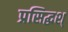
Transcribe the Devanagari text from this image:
प्रसिद्धश्